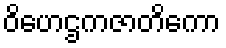
ဝိဟေဌကဇာတိကော